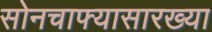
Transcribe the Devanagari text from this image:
सोनचाफ्यासारख्या